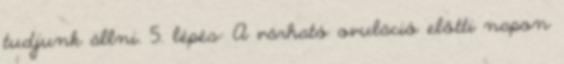
tudjunk állni. 5. lépés: A várható ovuláció előtti napon